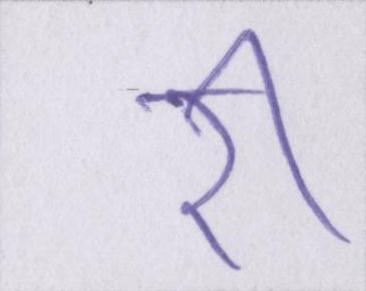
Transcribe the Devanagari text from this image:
री